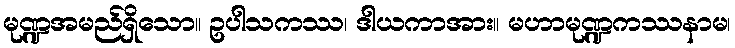
မုဏ္ဍအမည်ရှိသော။ ဥပါသကဿ၊ ဒါယကာအား။ မဟာမုဏ္ဍကဿနာမ၊